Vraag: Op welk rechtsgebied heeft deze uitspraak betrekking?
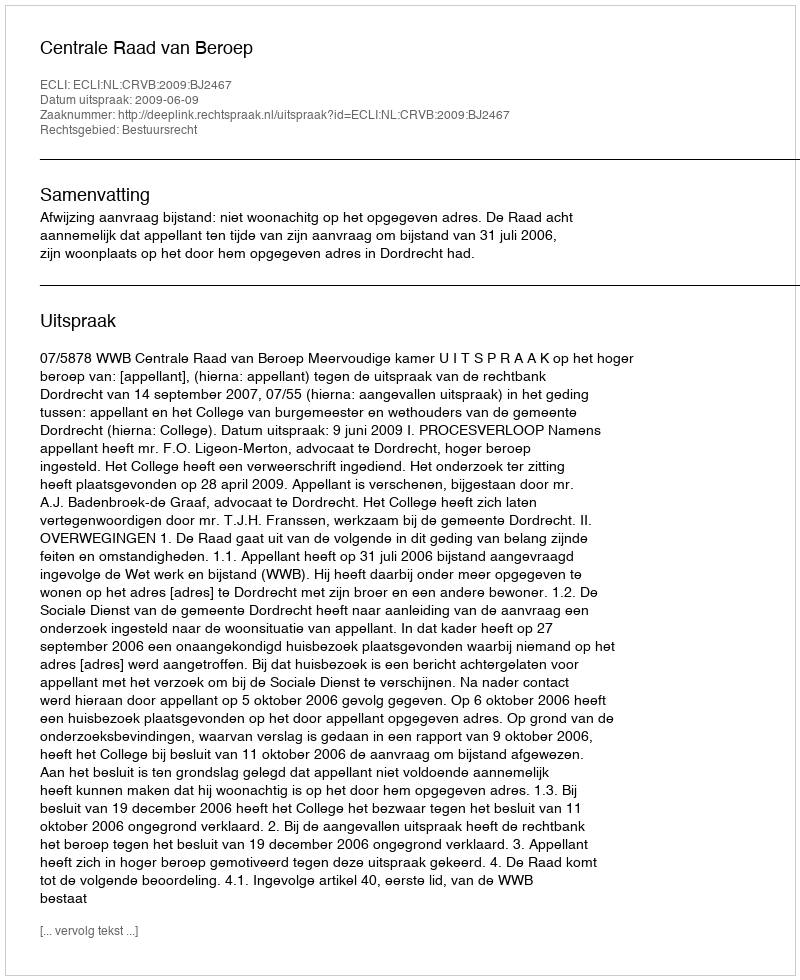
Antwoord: Bestuursrecht